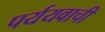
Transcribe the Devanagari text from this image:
पर्ययवाची